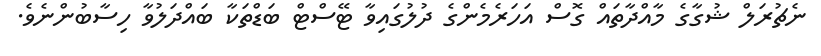
ނެޗުރަލް ޝުގާގެ މާއްދާތައް ގޮސް އަހަރެމެންގެ ދުލުގައިވާ ޓޭސްޓް ބަޑްތަކާ ބައްދަލުވާ ހިސާބުންނެވެ.